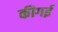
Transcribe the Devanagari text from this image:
कीगई